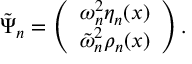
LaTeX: \tilde { \Psi } _ { n } = \left( \begin{array} { c c } { { \omega _ { n } ^ { 2 } \eta _ { n } ( x ) } } \\ { { \tilde { \omega } _ { n } ^ { 2 } \rho _ { n } ( x ) } } \end{array} \right) .